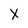
Character: X